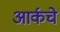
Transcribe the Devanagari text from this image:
आर्कचे